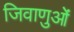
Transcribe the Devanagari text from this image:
जिवाणुओं